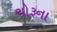
ચોરૂના